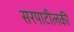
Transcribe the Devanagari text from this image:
सरपाटीलकी